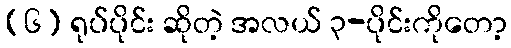
(၆) ရုပ်ပိုင်း ဆိုတဲ့ အလယ် ၃-ပိုင်းကိုတော့